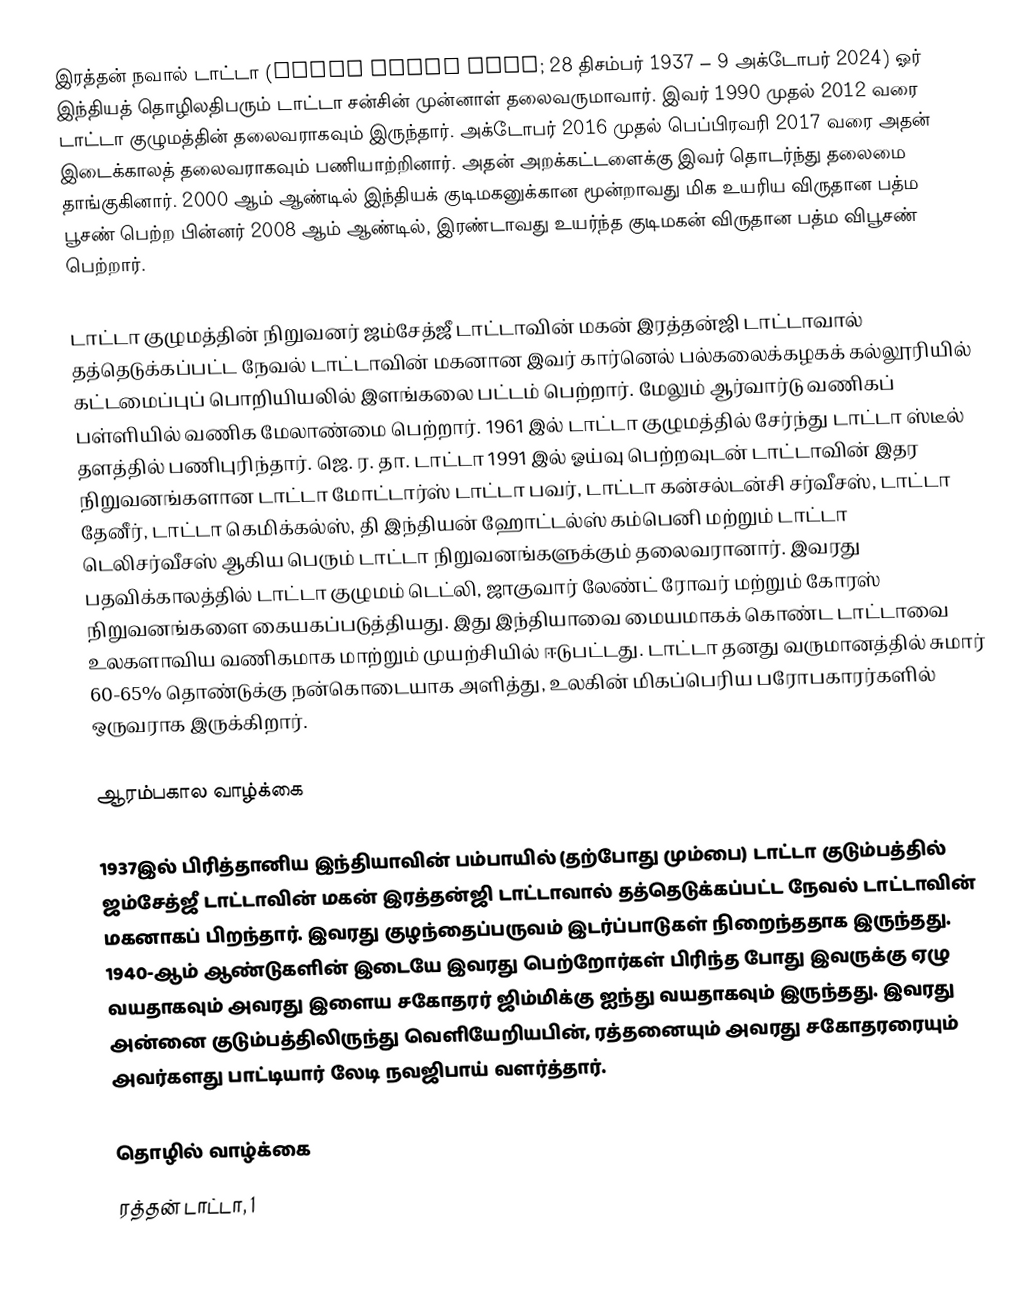
இரத்தன் நவால் டாட்டா (Ratan Naval Tata; 28 திசம்பர் 1937 – 9 அக்டோபர் 2024) ஓர் இந்தியத் தொழிலதிபரும் டாட்டா சன்சின் முன்னாள் தலைவருமாவார். இவர் 1990 முதல் 2012 வரை டாட்டா குழுமத்தின் தலைவராகவும் இருந்தார். அக்டோபர் 2016 முதல் பெப்பிரவரி 2017 வரை அதன் இடைக்காலத் தலைவராகவும் பணியாற்றினார். அதன் அறக்கட்டளைக்கு இவர் தொடர்ந்து தலைமை தாங்குகினார். 2000 ஆம் ஆண்டில் இந்தியக் குடிமகனுக்கான மூன்றாவது மிக உயரிய விருதான பத்ம பூசண் பெற்ற பின்னர் 2008 ஆம் ஆண்டில், இரண்டாவது உயர்ந்த குடிமகன் விருதான பத்ம விபூசண் பெற்றார்.

டாட்டா குழுமத்தின் நிறுவனர் ஜம்சேத்ஜீ டாட்டாவின் மகன் இரத்தன்ஜி டாட்டாவால் தத்தெடுக்கப்பட்ட நேவல் டாட்டாவின் மகனான இவர் கார்னெல் பல்கலைக்கழகக் கல்லூரியில் கட்டமைப்புப் பொறியியலில் இளங்கலை பட்டம் பெற்றார். மேலும் ஆர்வார்டு வணிகப் பள்ளியில் வணிக மேலாண்மை பெற்றார். 1961 இல் டாட்டா குழுமத்தில் சேர்ந்து டாட்டா ஸ்டீல் தளத்தில் பணிபுரிந்தார். ஜெ. ர. தா. டாட்டா 1991 இல் ஓய்வு பெற்றவுடன் டாட்டாவின் இதர நிறுவனங்களான டாட்டா மோட்டார்ஸ் டாட்டா பவர், டாட்டா கன்சல்டன்சி சர்வீசஸ், டாட்டா தேனீர், டாட்டா கெமிக்கல்ஸ், தி இந்தியன் ஹோட்டல்ஸ் கம்பெனி மற்றும் டாட்டா டெலிசர்வீசஸ் ஆகிய பெரும் டாட்டா நிறுவனங்களுக்கும் தலைவரானார். இவரது பதவிக்காலத்தில் டாட்டா குழுமம் டெட்லி, ஜாகுவார் லேண்ட் ரோவர் மற்றும் கோரஸ் நிறுவனங்களை கையகப்படுத்தியது. இது இந்தியாவை மையமாகக் கொண்ட டாட்டாவை உலகளாவிய வணிகமாக மாற்றும் முயற்சியில் ஈடுபட்டது. டாட்டா தனது வருமானத்தில் சுமார் 60-65% தொண்டுக்கு நன்கொடையாக அளித்து, உலகின் மிகப்பெரிய பரோபகாரர்களில் ஒருவராக இருக்கிறார்.

ஆரம்பகால வாழ்க்கை

1937இல் பிரித்தானிய இந்தியாவின் பம்பாயில் (தற்போது மும்பை) டாட்டா குடும்பத்தில் ஜம்சேத்ஜீ டாட்டாவின் மகன் இரத்தன்ஜி டாட்டாவால் தத்தெடுக்கப்பட்ட நேவல் டாட்டாவின் மகனாகப் பிறந்தார். இவரது குழந்தைப்பருவம் இடர்ப்பாடுகள் நிறைந்ததாக இருந்தது. 1940-ஆம் ஆண்டுகளின் இடையே இவரது பெற்றோர்கள் பிரிந்த போது இவருக்கு ஏழு வயதாகவும் அவரது இளைய சகோதரர் ஜிம்மிக்கு ஐந்து வயதாகவும் இருந்தது.  இவரது அன்னை குடும்பத்திலிருந்து வெளியேறியபின், ரத்தனையும் அவரது சகோதரரையும் அவர்களது பாட்டியார் லேடி நவஜிபாய் வளர்த்தார்.

தொழில் வாழ்க்கை
ரத்தன் டாட்டா, 1